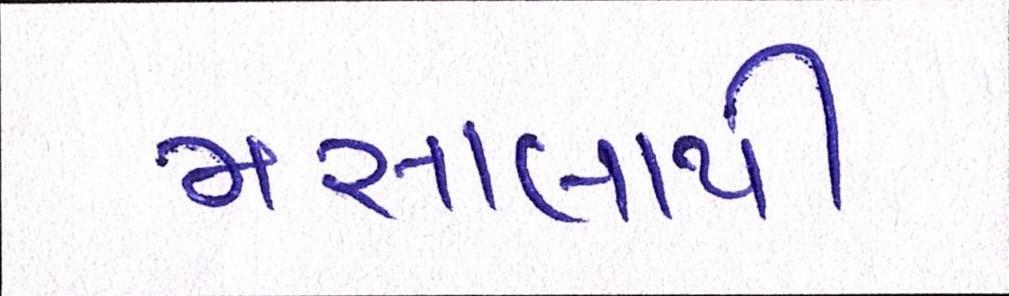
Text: મસાલાથી